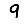
Digit: 9